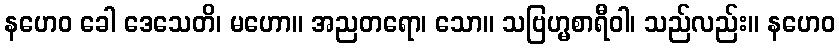
နဟေဝ ခေါ ဒေသေတိ၊ မဟော။ အညတရော၊ သော။ သဗြဟ္မစာရီဝါ၊ သည်လည်း။ နဟေဝ